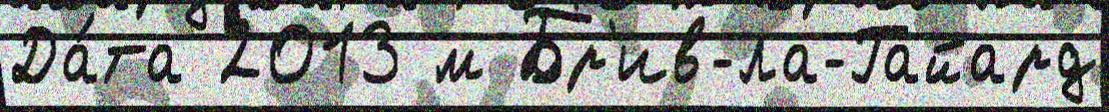
Да́та 2013 м Бр'ив-ла-Гайард